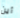
أين